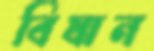
বিষান